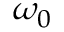
\omega _ { 0 }